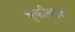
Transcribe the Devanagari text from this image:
चुकीबद्दल